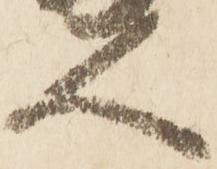
人